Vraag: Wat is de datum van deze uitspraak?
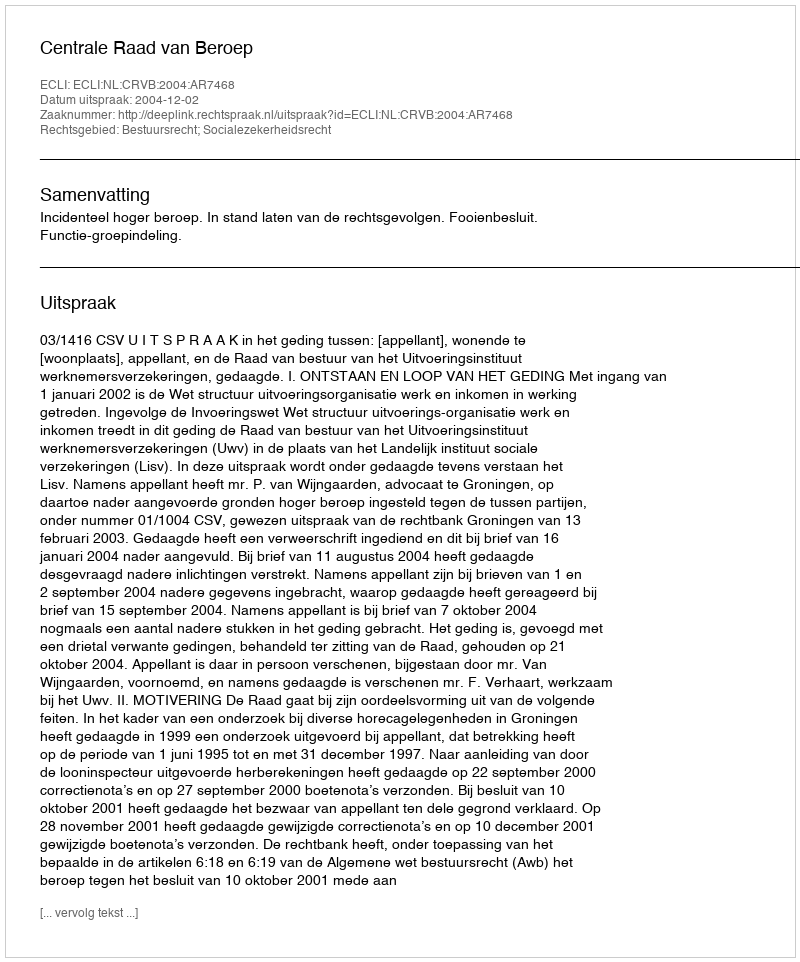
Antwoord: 2004-12-02